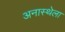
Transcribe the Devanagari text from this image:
अनास्थेला